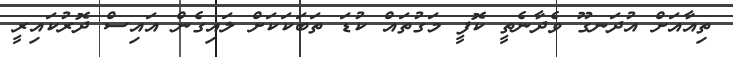
ތިއާއަށް އުދަނގޫ ވެދާނެތީ ކޮފީ މަގުތައް ކުޑަ ތަބަކަކަށް ލައިގެން އައިސް ދޮރުކައިރީ